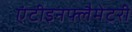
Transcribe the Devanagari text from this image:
एंटीइनफ्लैमेटरी